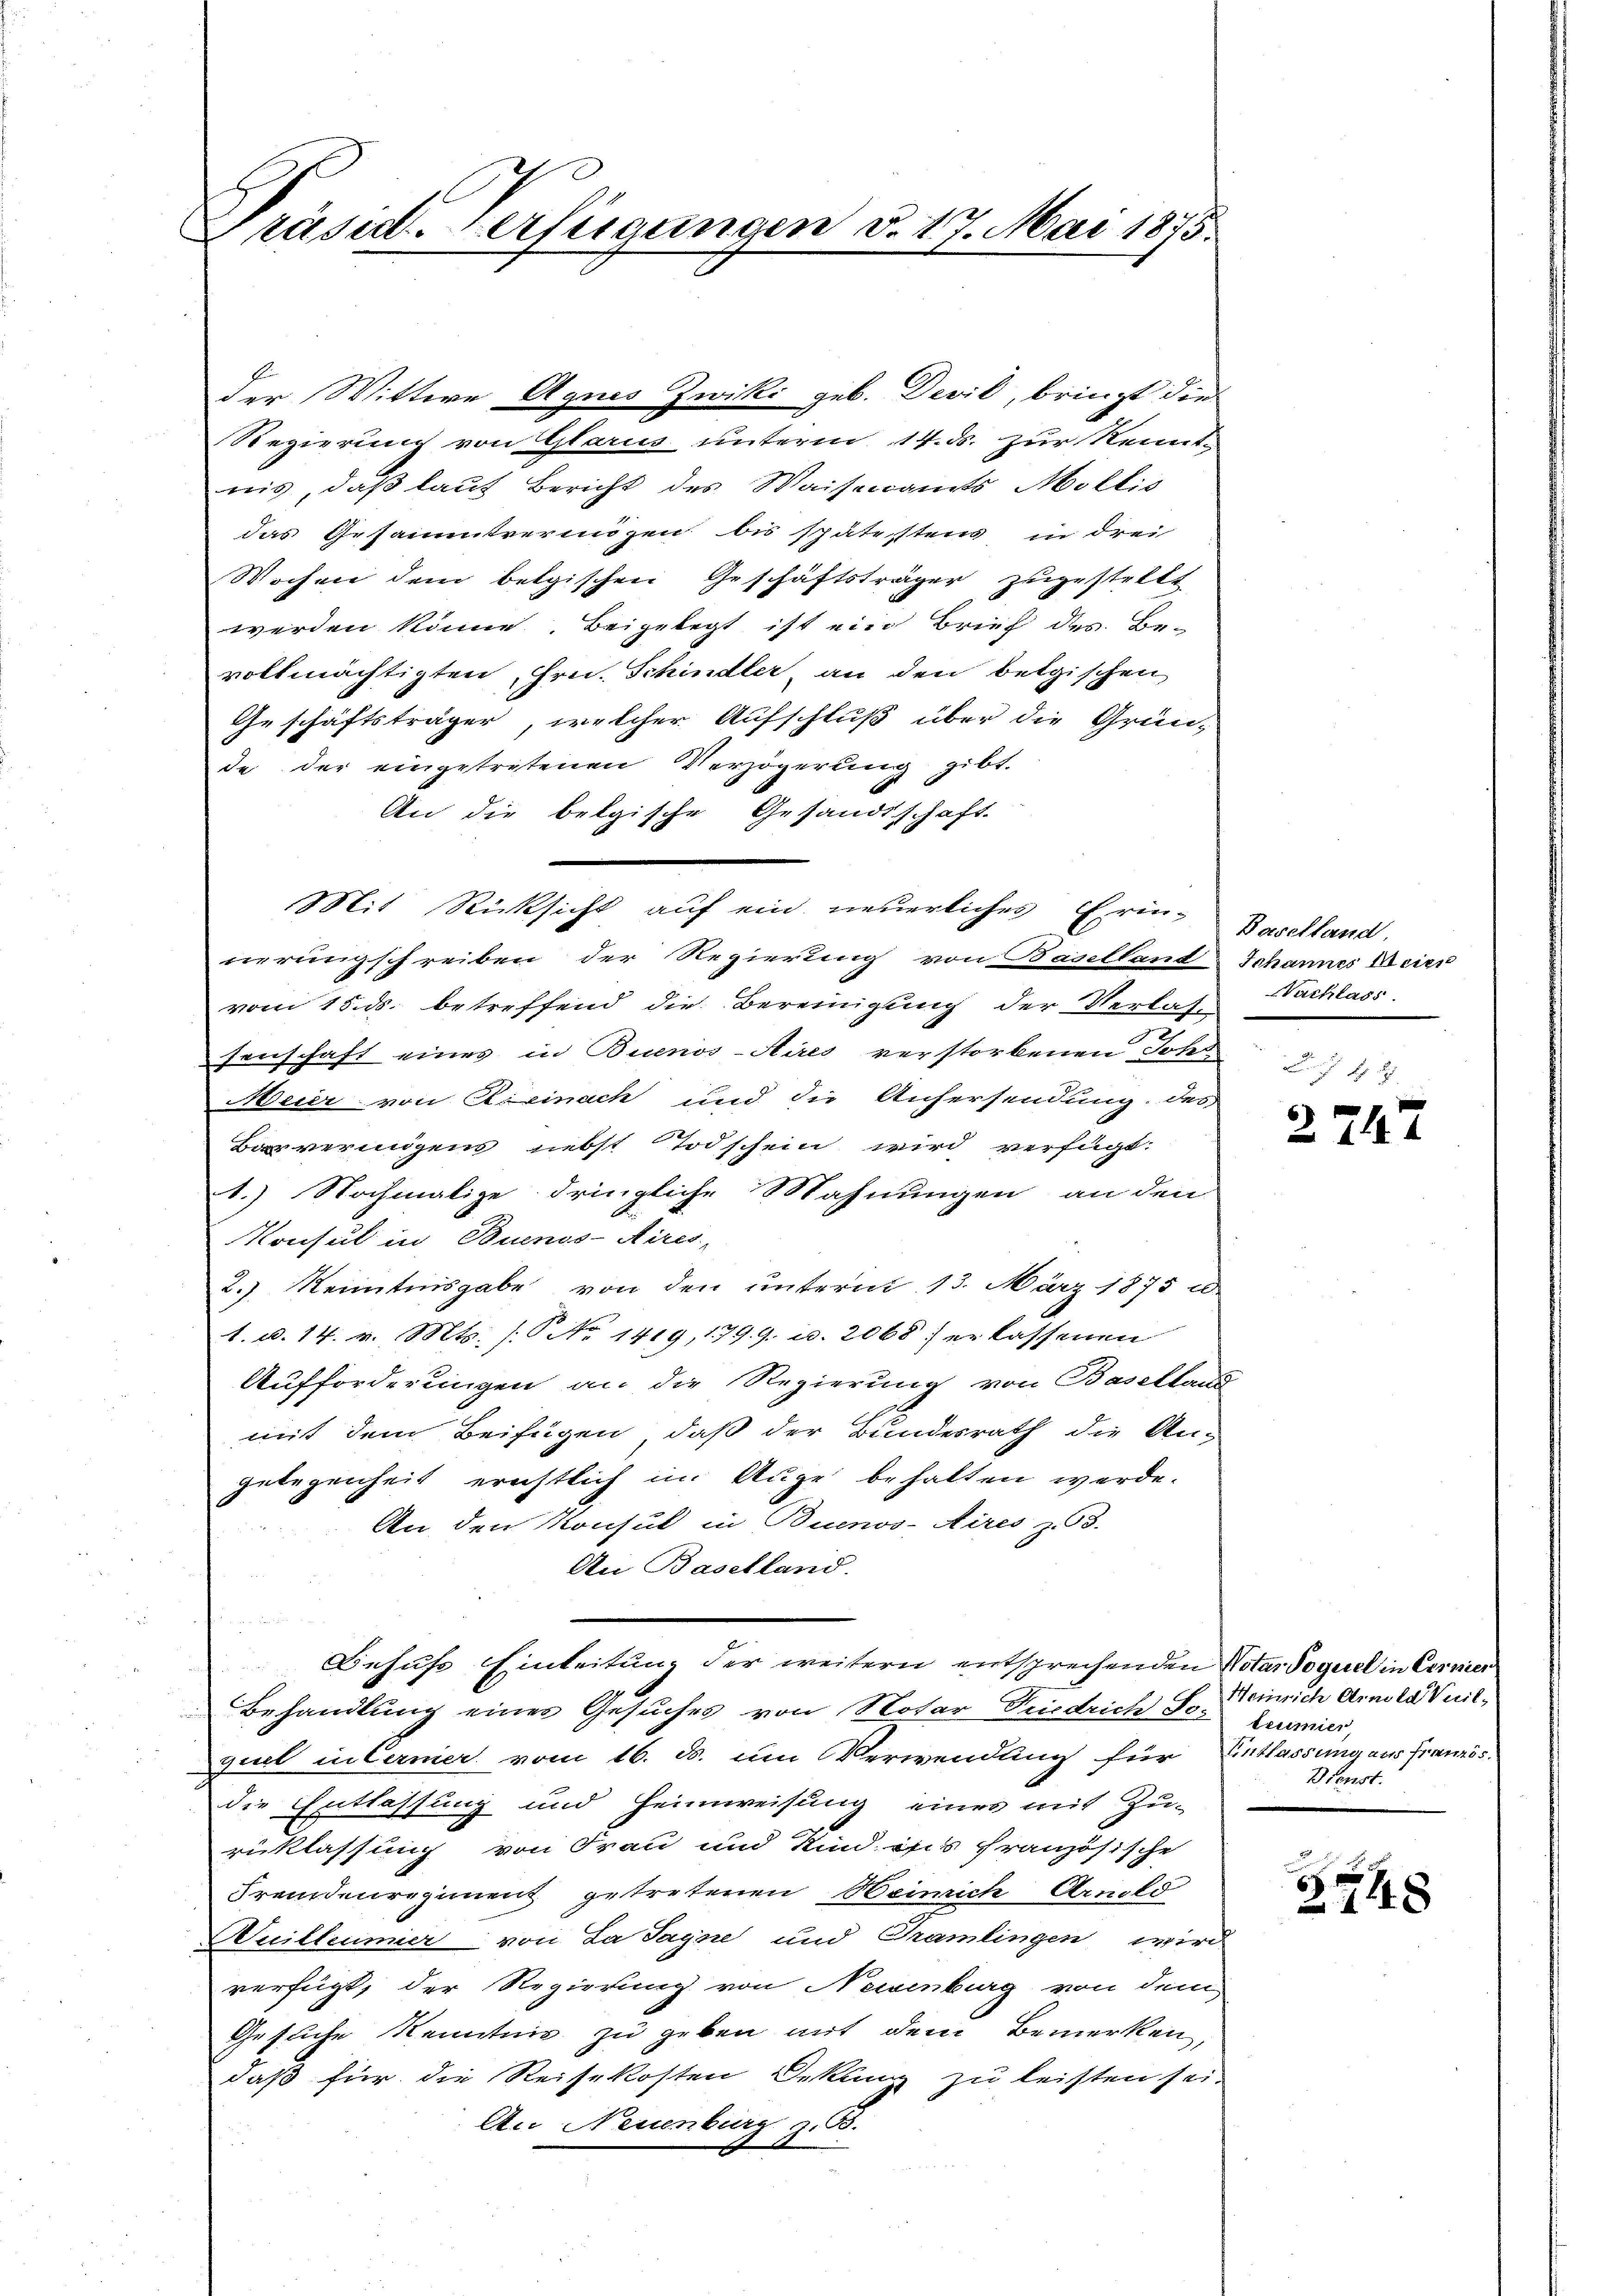
Präsid. Verfügungen d. 17. Mai 1875.

Regierung von Glarus unterm 14. ds. zur Kennt-
nis, daß laut Bericht des Waisenamts Mollis
das Gesamtvermögen bis spätestens, in drei
Wochen dem belgischen Geschäftsträger zugestellt
werden könne. Beigelegt ist ein Brief des Bevollmächtigten, Hrn. Schindler, an den belgischen
Geschäftsträger, welcher Aufschluß über die Gründe der eingetretenen Verzögerung gibt.
An die belgische Gesandtschaft.
Mit Rücksicht auf ein neuerliches Erin-Baselland.
nerungschreiben der Regierung von Baselland Johannes Meier
vom 15. ds. betreffend die Bereinigung der Verlass
senschaft eines in Buenos-Aires verstorbenen Johs
Meier von Exeinach und die Anfersendung des
overingens nebst Todschein wird verfügt:
1.) Nochmalige dringliche Mahnungen an den
Konsul in Buenos-Aires,
2.) Kenntnisgabe von den unterm 13. März 1875 u
1. d. 14. v. Mts. (No 1419, 179. 9. d. 2068: erlassenen
Aufforderungen an die Regierung von Baselland
mit dem Beifügen, daß der Bundesrath die An-
gelegenheit erichtlich in Auge behalten werde.
An den Konsul in Buenos-Aires z. 8.
An Baselland.
Behufs Einleitung der weitern entsprechenden Notar doguel in Eerner
Behandlung eines Gesuches von Notar Friedrich Jos Lumier,
guel in Ferner vom 16. d. um Verwendung für Entlassung aus französ
die Entlassung und Heimweisung einer mit Zu-
rüklassung von Frau und Kind ists französische
Fremdenregiment getretenen Heinrich Arnold
Wuilleumier von La Sayne und Tramlingen wird
verfügt, der Regierung von Neisenburg von dem
Gesuche Kenntnis zu geben mit dem Bemerken,
daß für die Reisekosten Dekanz zu leisten sei.
An Neuenburg z. B.

der Wittwe Agnes Zwiki geb. Devil, bringt die

Vachlass

2747

Heinrich Arnold Vuil¬
Dienst.

6
2748